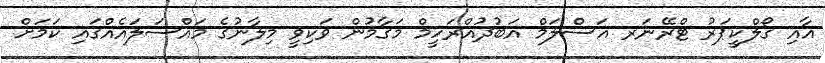
އާއި ގޯލްކީޕަރު ޓްރޭނަރ އަސްލަމް އަބުދުއްރަހީމް މަގާމުން ވަކިވީ މިލާނުގެ މައްސަލައެއްގައި ކަމަށް